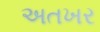
અતખર